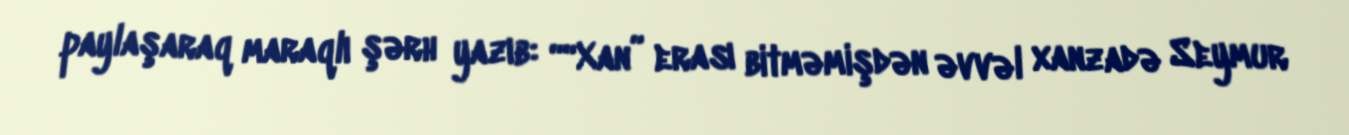
paylaşaraq maraqlı şərh yazıb: ““Xan” erası bitməmişdən əvvəl xanzadə Seymur